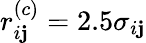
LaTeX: r_{i\mathbf{j}}^{(c)}=2.5\sigma_{i\mathbf{j}}